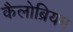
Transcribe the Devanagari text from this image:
कैलोब्रियम